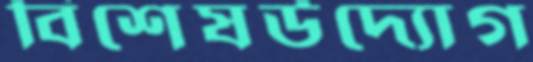
বিশেষউদ্যোগ